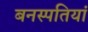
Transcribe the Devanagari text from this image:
बनस्पतियां